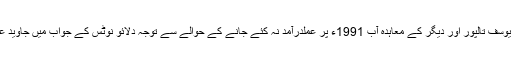
بدھ کو قومی اسمبلی کے اجلاس میں نواب یوسف تالپور اور دیگر کے معاہدہ آب 1991ء پر عملدرآمد نہ کئے جانے کے حوالے سے توجہ دلائو نوٹس کے جواب میں جاوید علی شاہ نے کہا کہ یہ بات درست نہیں ہے۔